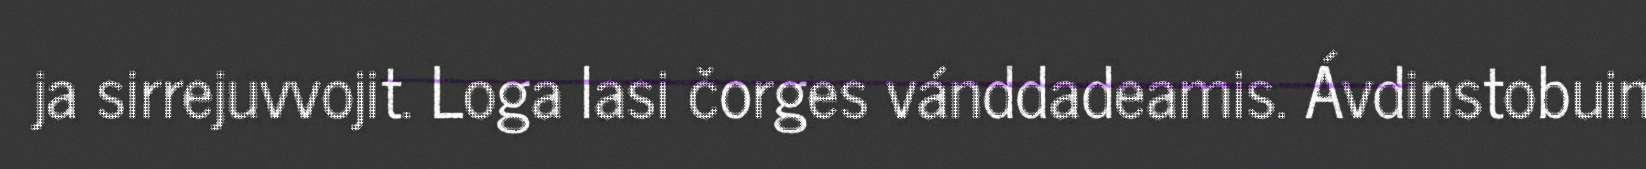
ja sirrejuvvojit. Loga lasi čorges vánddadeamis. Ávdinstobuin